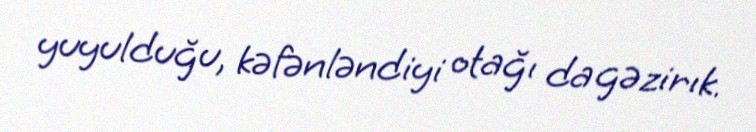
yuyulduğu, kəfənləndiyi otağı da gəzirık.